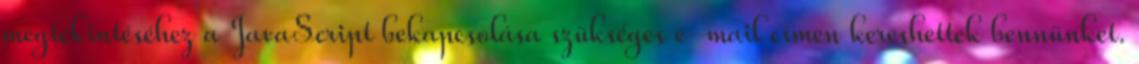
megtekintéséhez a JavaScript bekapcsolása szükséges e-mail címen kereshettek bennünket.